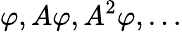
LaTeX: \varphi,A\varphi,A^{2}\varphi,\ldots